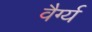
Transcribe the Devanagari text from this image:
वैर्ग्य